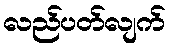
လည်ပတ်လျက်